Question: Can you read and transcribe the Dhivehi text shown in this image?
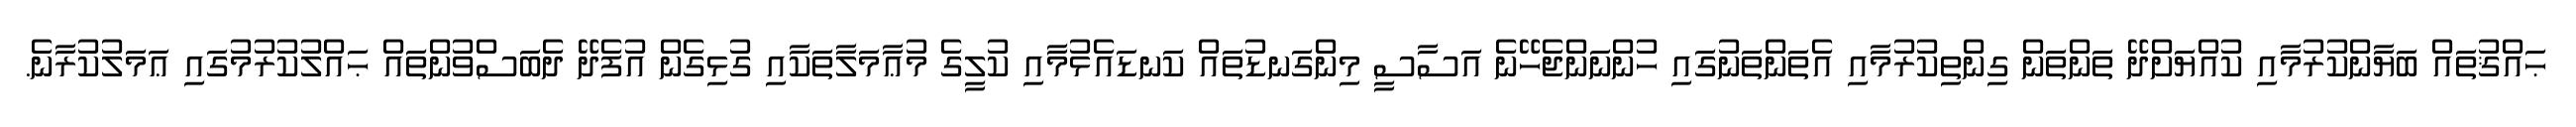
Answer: ޙައްޤުތައް ބަޔާންކުރުމާއި ކުއްޔަށްދޭ ތަންތަން ގިންތިކުރުމާއި އެތަންތަނުގައި ހުންނަންޖެހޭނެ އަސާސީ މިންގަނޑުތައް ކަނޑައެޅުމާއި ކުލީގެ މުޢާމަލާތަކާއި ގުޅިގެން އުފެދޭ ދެބަސްވުންތައް ޙައްލުކުރުމުގައި ޢަމަލުކުރާނެ.